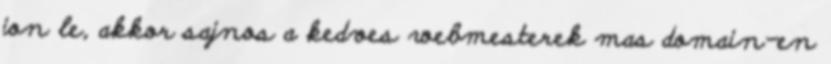
jon le, akkor sajnos a kedves webmesterek mas domain-en